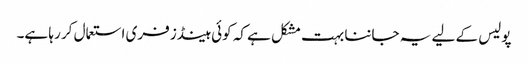
پولیس کے لیے یہ جاننا بہت مشکل ہے کہ کوئی ہینڈز فری استعمال کر رہا ہے۔